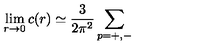
\lim _ { r \rightarrow 0 } c ( r ) \simeq \frac { 3 } { 2 \pi ^ { 2 } } \sum _ { p = + , - }